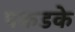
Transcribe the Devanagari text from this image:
पकडके